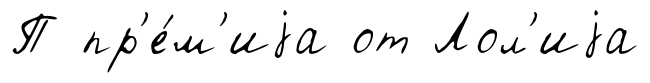
П пр'е́м'иjа от Лол'иjа